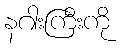
နဂါးကြီးကို